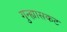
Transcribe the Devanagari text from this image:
गुन्ह्यासकट